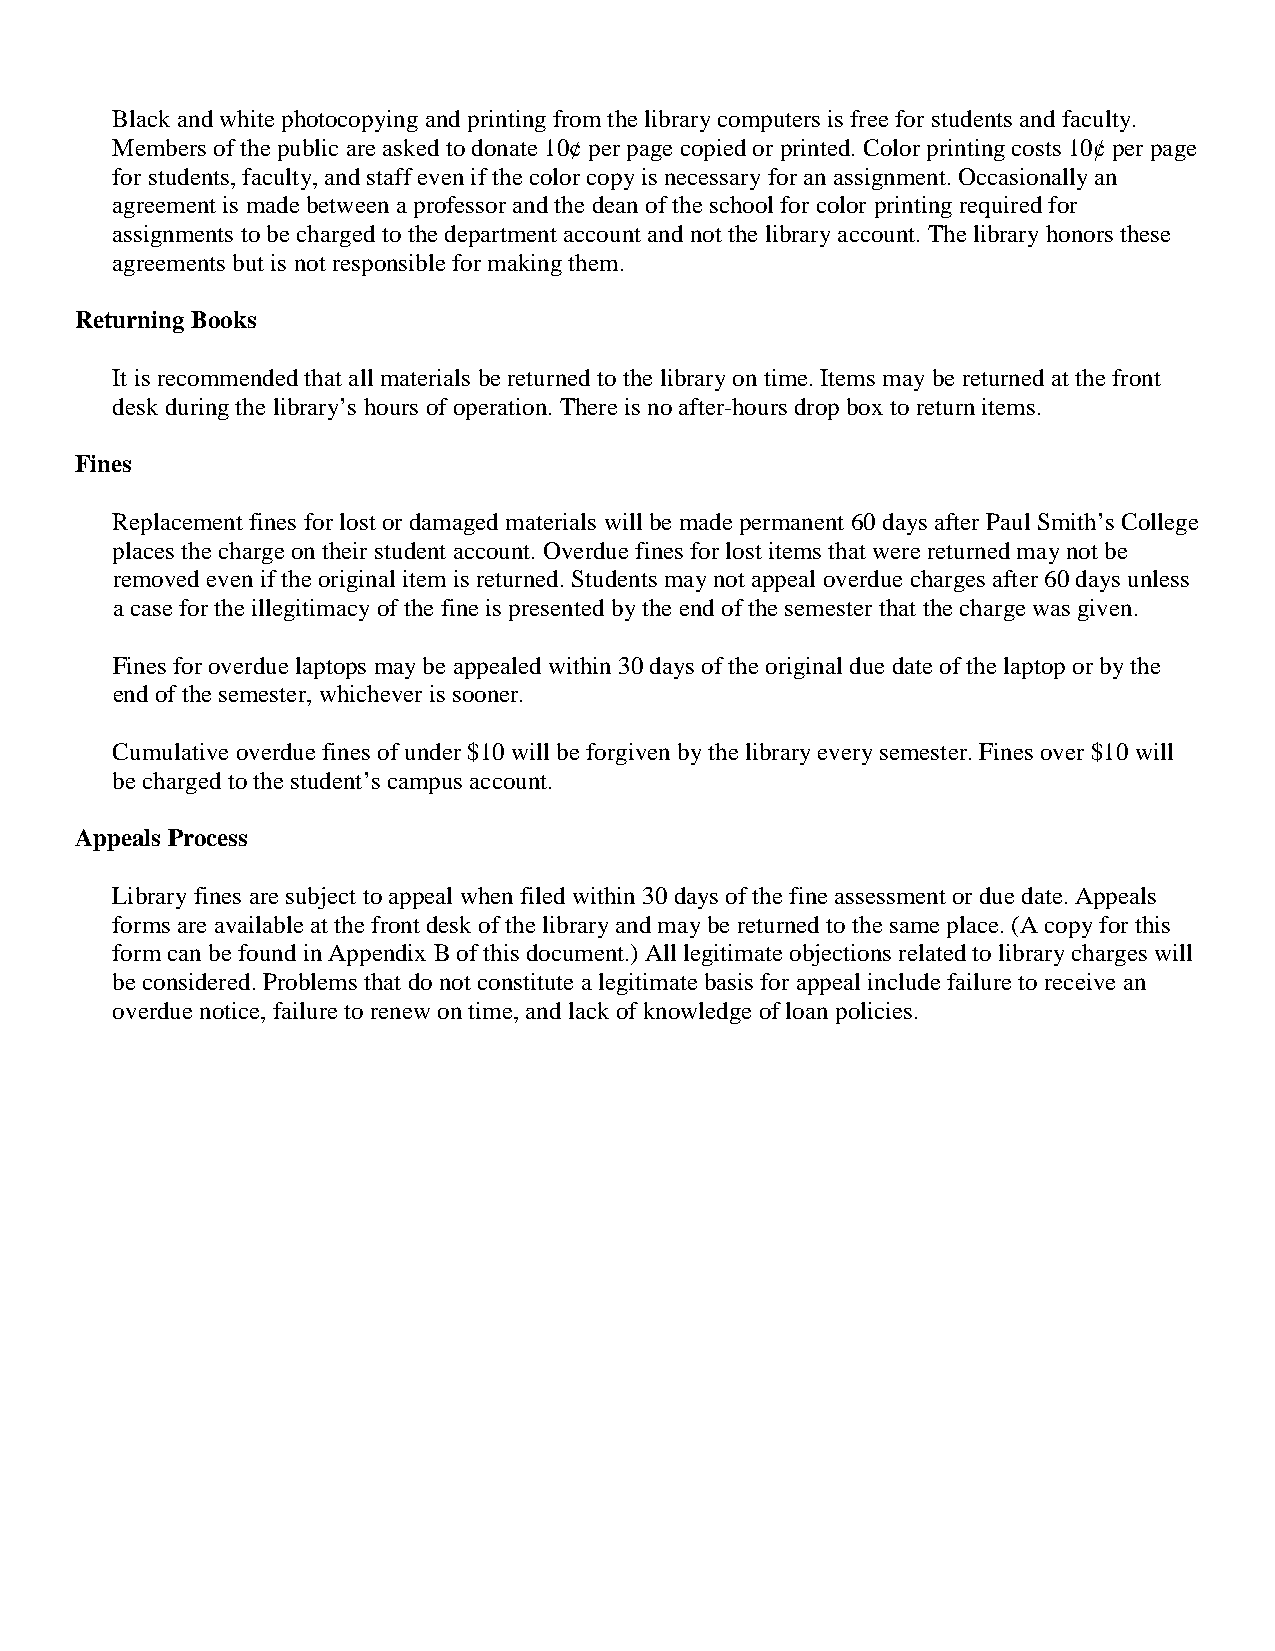
Black and white photocopying and printing from the library computers is free for students and faculty.
 Members of the public are asked to donate 10¢ per page copied or printed. Color printing costs 10ȼ per page
 for students, faculty, and staff even if the color copy is necessary for an assignment. Occasionally an
 agreement is made between a professor and the dean of the school for color printing required for
 assignments to be charged to the department account and not the library account. The library honors these
 agreements but is not responsible for making them.
 Returning Books
 It is recommended that all materials be returned to the library on time. Items may be returned at the front
 desk during the library’s hours of operation. There is no after-hours drop box to return items.
 Fines
 Replacement fines for lost or damaged materials will be made permanent 60 days after Paul Smith’s College
 places the charge on their student account. Overdue fines for lost items that were returned may not be
 removed even if the original item is returned. Students may not appeal overdue charges after 60 days unless
 a case for the illegitimacy of the fine is presented by the end of the semester that the charge was given.
 Fines for overdue laptops may be appealed within 30 days of the original due date of the laptop or by the
 end of the semester, whichever is sooner.
 Cumulative overdue fines of under $10 will be forgiven by the library every semester. Fines over $10 will
 be charged to the student’s campus account.
 Appeals Process
 Library fines are subject to appeal when filed within 30 days of the fine assessment or due date. Appeals
 forms are available at the front desk of the library and may be returned to the same place. (A copy for this
 form can be found in Appendix B of this document.) All legitimate objections related to library charges will
 be considered. Problems that do not constitute a legitimate basis for appeal include failure to receive an
 overdue notice, failure to renew on time, and lack of knowledge of loan policies.